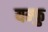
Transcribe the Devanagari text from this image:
यम्फु